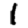
Digit: 1